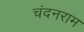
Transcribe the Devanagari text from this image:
चंदनराम